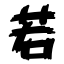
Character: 若